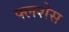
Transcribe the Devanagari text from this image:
फ्लशेस